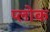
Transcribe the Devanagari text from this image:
प्लोक